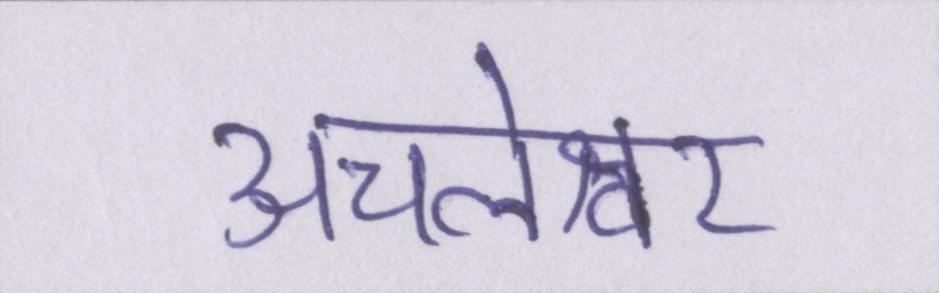
अचलेश्वर